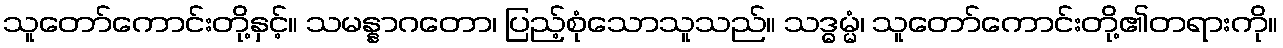
သူတော်ကောင်းတို့နှင့်။ သမန္နာဂတော၊ ပြည့်စုံသောသူသည်။ သဒ္ဓမ္မံ၊ သူတော်ကောင်းတို့၏တရားကို။